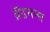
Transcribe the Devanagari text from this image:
ब्रॅडमन्स